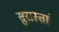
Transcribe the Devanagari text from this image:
सुरास्तां